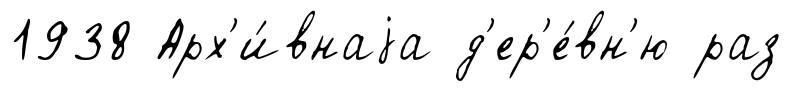
1938 Арх'и́внаjа д'ер'е́вн'ю раз